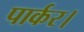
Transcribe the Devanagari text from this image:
पार्कर।